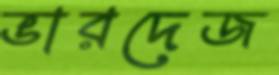
ভারদেজ